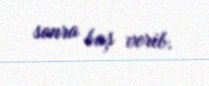
sonra baş verib.